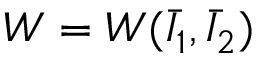
W = W ( { \bar { I } } _ { 1 } , { \bar { I } } _ { 2 } )